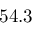
5 4 . 3